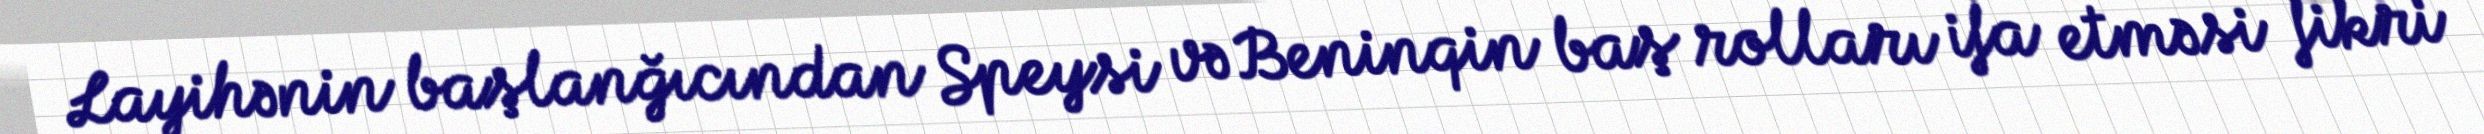
Layihənin başlanğıcından Speysi və Beninqin baş rolları ifa etməsi fikri